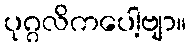
ပုဂ္ဂလိကပေါ့ဗျာ။